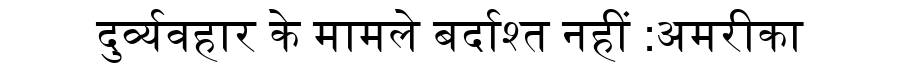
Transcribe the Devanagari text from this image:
दुर्व्यवहार के मामले बर्दाश्त नहीं :अमरीका